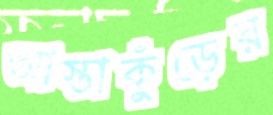
আস্তাকুঁড়ের